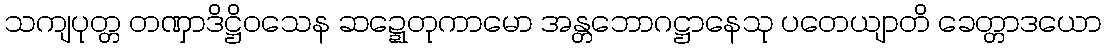
သကျပုတ္တ တဏှာဒိဋ္ဌိဝသေန ဆဍ္ဍေတုကာမော အန္တဘောဂဋ္ဌာနေသု ပတေယျာတိ ခေတ္တာဒယော